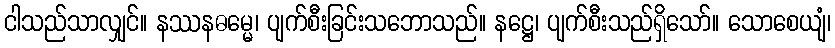
ငါသည်သာလျှင်။ နဿနဓမ္မေ၊ ပျက်စီးခြင်းသဘောသည်။ နဋ္ဌေ၊ ပျက်စီးသည်ရှိသော်။ သောစေယျံ၊